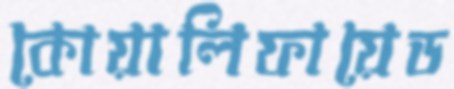
কোয়ালিফায়েড